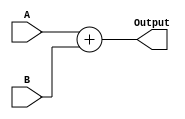
module Adder(
input      [31:0] A,
input      [31:0] B,
output reg [31:0] Output

);
always@(*)
begin
    Output = A + B;
end
	
endmodule